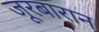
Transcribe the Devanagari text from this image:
जूरबारान